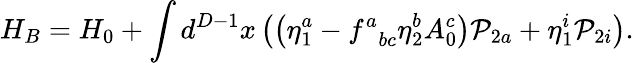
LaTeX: H_{B}=H_{0}+\int d^{D-1}x\left(\left(\eta_{1}^{a}-f_{\; \; bc}^{a}\eta_{2}^{b}A_{0}^{c}\right){\cal P}_{2a}+\eta_{1}^{i}{\cal P}_{2i}\right).